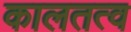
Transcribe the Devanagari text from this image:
कालतत्व